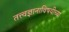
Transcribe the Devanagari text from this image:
तत्त्वज्ञानाविषयीच्या